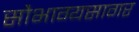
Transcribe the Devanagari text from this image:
सौभाग्यसागर